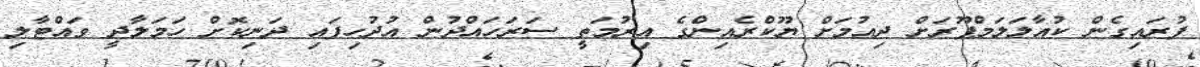
ފުރައިގެން ކުއާލަލަމްޕޫރަށް ދިއުމަށް ޔޫކްރެއިންގެ އިރުމަތީ ސަރަހައްދުން އުދުހިފައި ދަނިކޮށް ހަމަލާދީ ވައްޓާލި